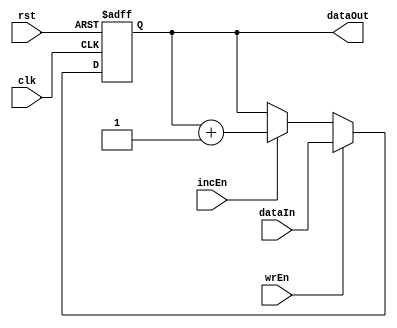
module registerinc
#(parameter width = 16)  // parameterized module, default size is 16, can be used to create registers with different sizes
	
(
	input [width-1:0] dataIn,
	input wrEn, rst, clk, incEn,
	output [width-1:0] dataOut

);

//writing to the register part
 
reg [width-1:0] value;

always @(posedge clk or negedge rst) 
begin
	if (~rst)
		value <= 0;
	else if (wrEn)
		value <= dataIn;
	else if (incEn)
		value <= value + 1 ;
end



assign dataOut = value;

endmodule